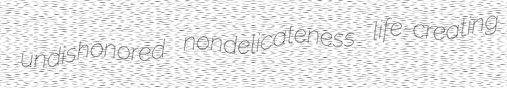
undishonored nondelicateness life-creating